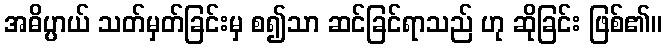
အဓိပ္ပာယ် သတ်မှတ်ခြင်းမှ စ၍သာ ဆင်ခြင်ရာသည် ဟု ဆိုခြင်း ဖြစ်၏။